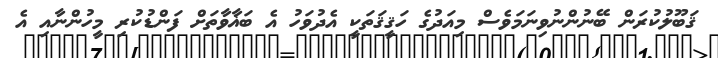
ޤަބޫލުކުރަން ބޭނުންނުވިނަމަވެސް މިއަދުގެ ހަޤީޤަތަކީ އެދުވަހު އެ ބަޣާވާތަށް ފަންޑުކުރި މީހުންނާއި އެ